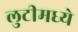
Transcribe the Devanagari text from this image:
लुटीमध्ये